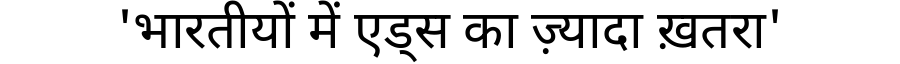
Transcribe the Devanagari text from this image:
'भारतीयों में एड्स का ज़्यादा ख़तरा'